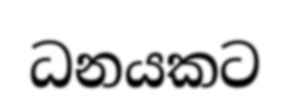
ධනයකට